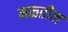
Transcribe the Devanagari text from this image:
मळतील